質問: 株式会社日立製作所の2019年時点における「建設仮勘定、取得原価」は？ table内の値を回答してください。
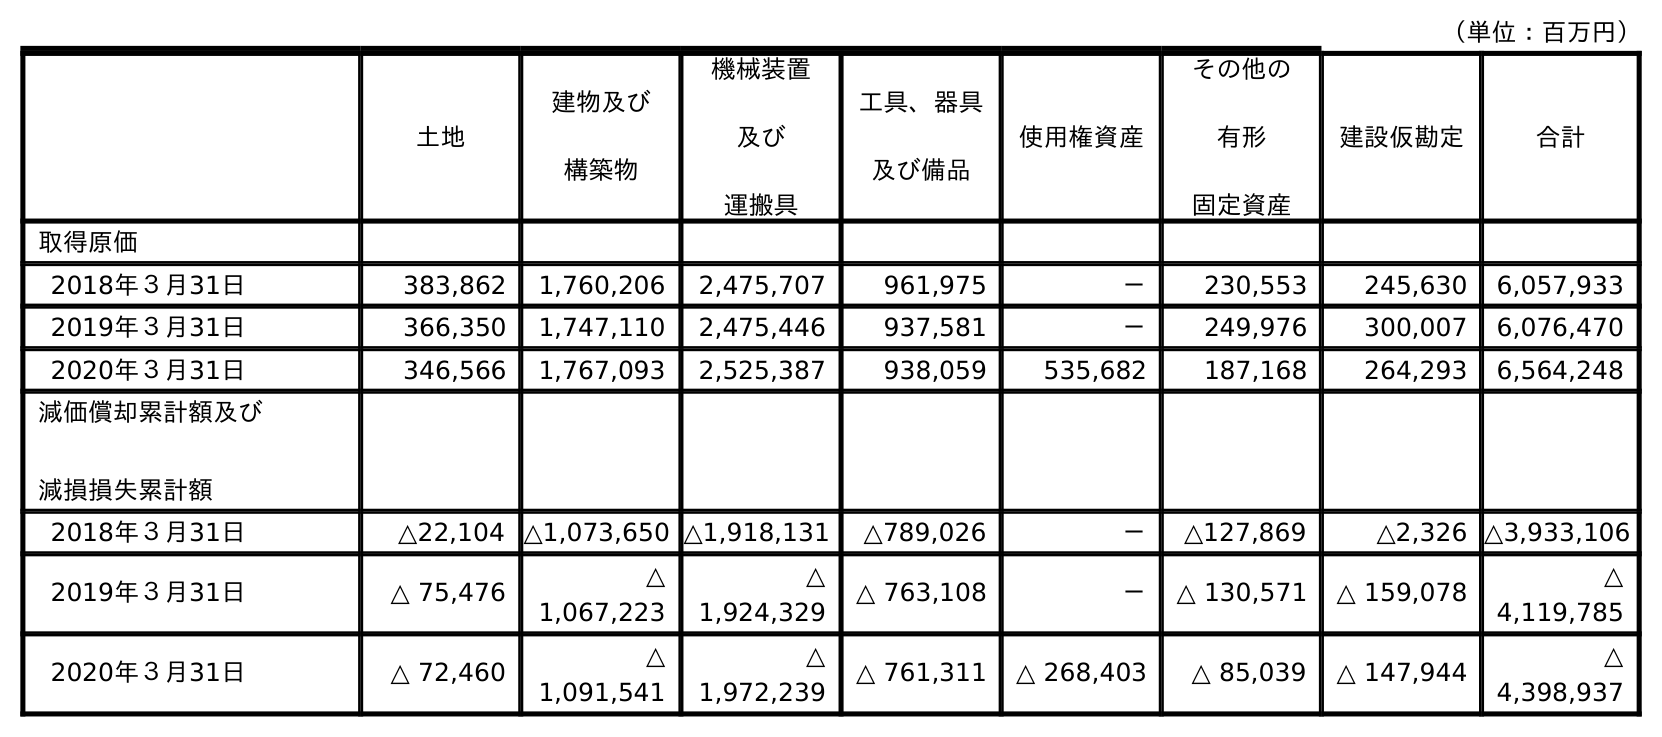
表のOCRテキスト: （単位：百万円） 土地 建物及び 構築物 機械装置 及び 運搬具 工具、器具 及び備品 使用権資産 その他の 有形 固定資産 建設仮勘定 合計 取得原価 2018年３月31日 383,862 1,760,206 2,475,707 961,975 － 230,553 245,630 6,057,933 2019年３月31日 366,350 1,747,110 2,475,446 937,581 － 249,976 300,007 6,076,470 2020年３月31日 346,566 1,767,093 2,525,387 938,059 535,682 187,168 264,293 6,564,248 減価償却累計額及び 減損損失累計額 2018年３月31日 △22,104 △1,073,650 △1,918,131 △789,026 － △127,869 △2,326 △3,933,106 2019年３月31日 △ 75,476 △ 1,067,223 △ 1,924,329 △ 763,108 － △ 130,571 △ 159,078 △ 4,119,785 2020年３月31日 △ 72,460 △ 1,091,541 △ 1,972,239 △ 761,311 △ 268,403 △ 85,039 △ 147,944 △ 4,398,937
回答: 300,007